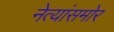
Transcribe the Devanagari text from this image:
नेत्यांसमोर